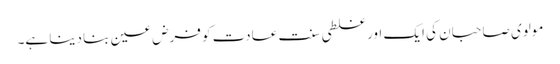
مولوی صاحبان کی ایک اور غلطی سنت عادت کو فرض عین بنا دینا ہے۔